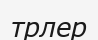
трлер